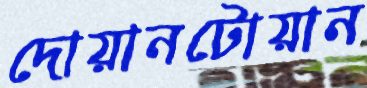
দোয়ানটোয়ান